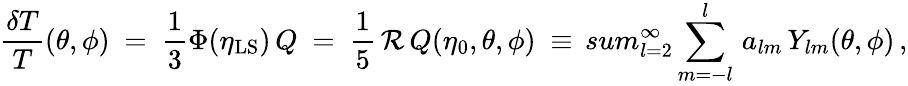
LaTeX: {\frac{\delta T}{T}}(\theta,\phi)\ =\ {\frac{1}{3}}\Phi(\eta_{\mathrm{LS}})\, Q\ =\ {\frac{1}{5}}\, {\cal R}\, Q(\eta_{0},\theta,\phi)\ \equiv\, sum_{l=2}^{\infty}\sum_{m=-l}^{l}\, a_{lm}\, Y_{lm}(\theta,\phi)\, ,